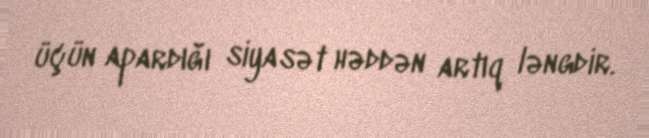
üçün apardığı siyasət həddən artıq ləngdir.